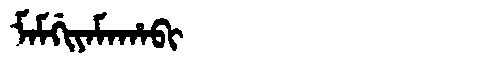
Manchu: ᠮᠠᠮᡤᡳᠶᠠᠮᠠᡥᠠᠪᡳ
Romanization: MAMGIYAMAHABI